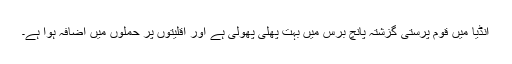
انڈیا میں قوم پرستی گزشتہ پانچ برس میں بہت پھلی پھولی ہے اور اقلیتوں پر حملوں میں اضافہ ہوا ہے۔